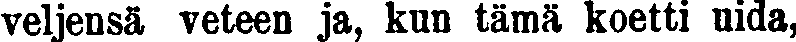
veljensä veteen ja, kun tämä koetti uida,